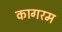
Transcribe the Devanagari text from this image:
कागरम